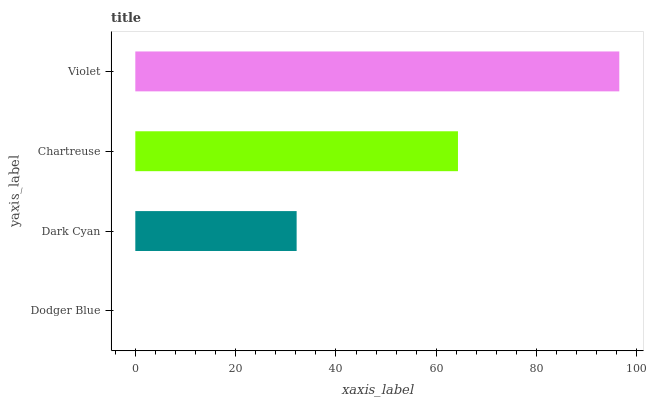
| yaxis_label | bars |
 | --- | --- |
 | Dodger Blue | 0 |
 | Dark Cyan | 32.2 |
 | Chartreuse | 64.3 |
 | Violet | 96.5 |